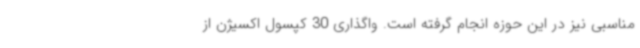
مناسبی نیز در این حوزه انجام گرفته است. واگذاری 30 کپسول اکسیژن از